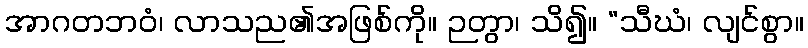
အာဂတဘဝံ၊ လာသည၏အဖြစ်ကို။ ဉတွာ၊ သိ၍။ “သီဃံ၊ လျင်စွာ။